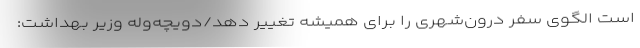
است الگوی سفر درون‌شهری را برای همیشه تغییر دهد/دویچه‌وله وزیر بهداشت: